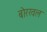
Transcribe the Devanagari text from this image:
बोरखल